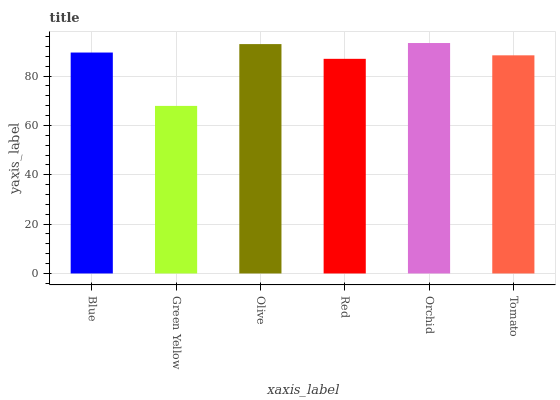
| xaxis_label | bars |
 | --- | --- |
 | Blue | 89.5 |
 | Green Yellow | 67.9 |
 | Olive | 93 |
 | Red | 87 |
 | Orchid | 93.4 |
 | Tomato | 88.4 |